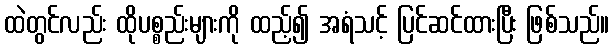
ထဲတွင်လည်း ထိုပစ္စည်းများကို ထည့်၍ အရံသင့် ပြင်ဆင်ထားပြီး ဖြစ်သည်။